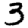
Digit: 3